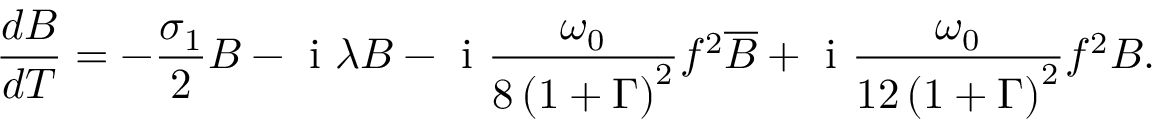
\frac { d B } { d T } = - \frac { \sigma _ { 1 } } { 2 } B - \mathrm { ~ i ~ } \lambda B - \mathrm { ~ i ~ } \frac { \omega _ { 0 } } { 8 \left( 1 + \Gamma \right) ^ { 2 } } f ^ { 2 } \overline { { B } } + \mathrm { ~ i ~ } \frac { \omega _ { 0 } } { 1 2 \left( 1 + \Gamma \right) ^ { 2 } } f ^ { 2 } B .